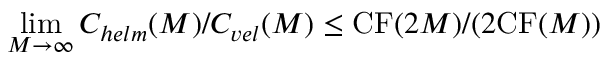
\operatorname* { l i m } _ { M \rightarrow \infty } C _ { h e l m } ( M ) / C _ { v e l } ( M ) \leq \mathrm { C F } ( 2 M ) / ( 2 \mathrm { C F } ( M ) )